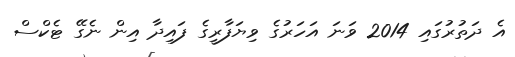
އެ ދަތުރުގައި 2014 ވަނަ އަހަރުގެ ވިޔަފާރީގެ ފައިދާ އިން ނެގޭ ޓެކްސް